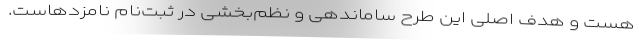
هست و هدف اصلی این طرح ساماندهی و نظم‌بخشی در ثبت‌نام نامزدهاست.